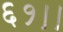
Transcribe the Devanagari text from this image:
६१।।